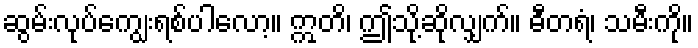
ဆွမ်းလုပ်ကျွေးရစ်ပါလော့။ ဣတိ၊ ဤသို့ဆိုလျှက်။ ဓီတရံ၊ သမီးကို။